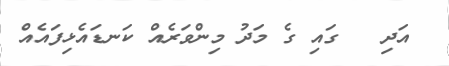
އަދި   ގައި ގެ މަދު މިންވަރެއް ކަނޑައެޅިފައެއް